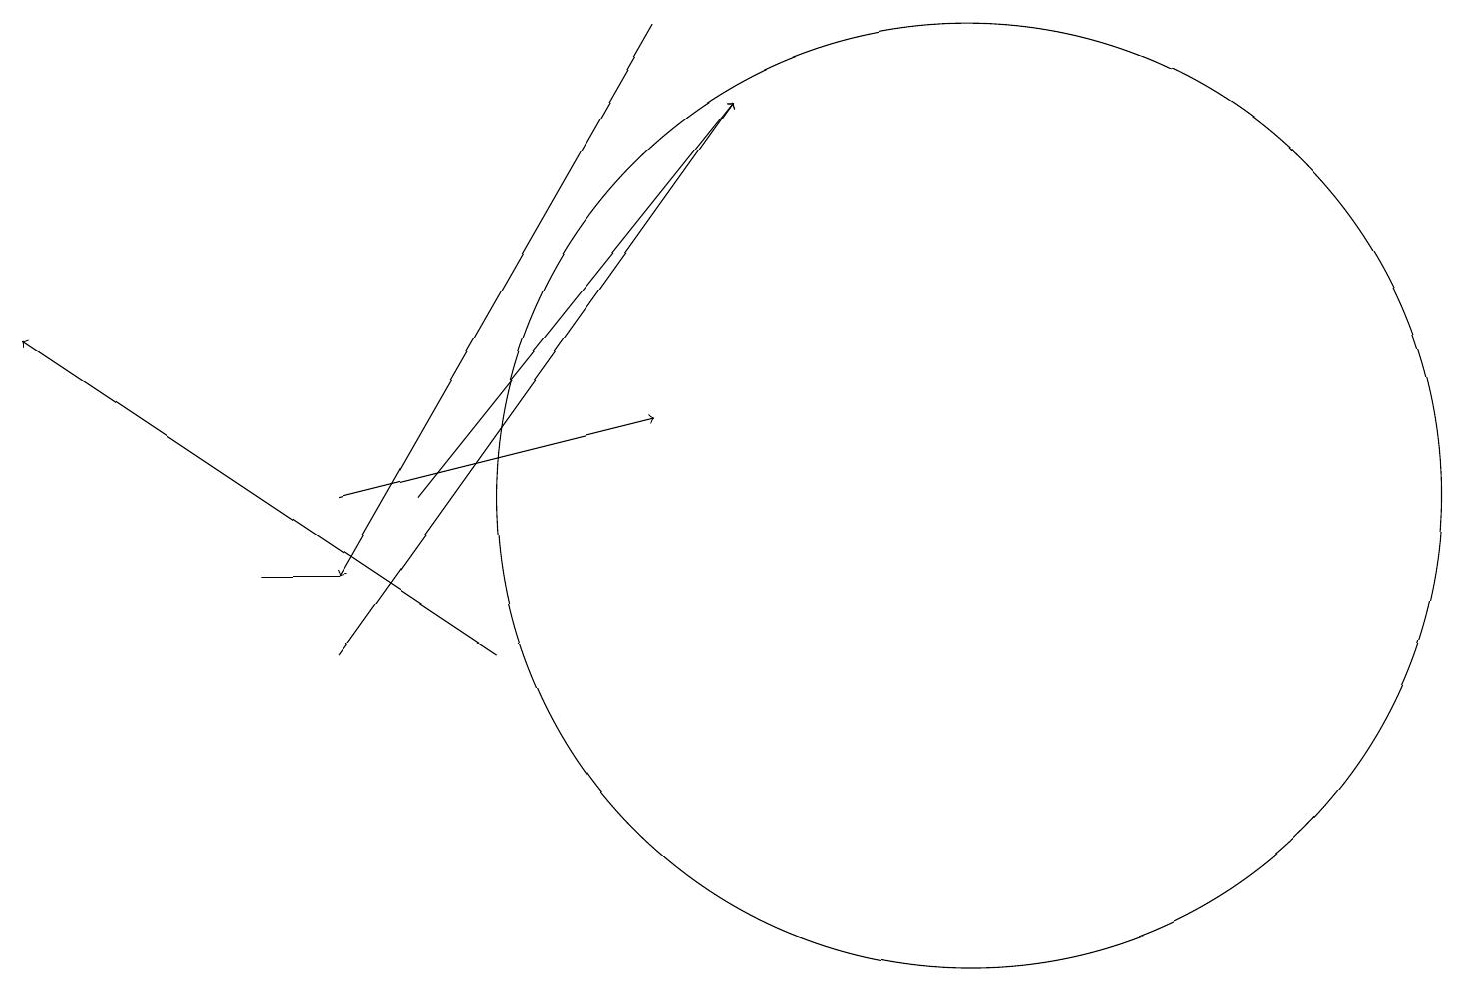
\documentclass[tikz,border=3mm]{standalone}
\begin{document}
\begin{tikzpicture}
\draw[->] (8,18) -- (4,11);
\draw (3,11) rectangle (4,11);
\draw (12,12) circle (6);
\draw (12,10) circle (0);
\draw[->] (5,12) -- (9,17);
\draw[->] (6,10) -- (0,14);
\draw[->] (4,10) -- (9,17);
\draw[->] (4,12) -- (8,13);
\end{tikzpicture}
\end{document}